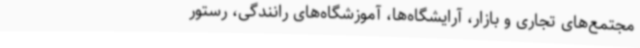
مجتمع‌های تجاری و بازار، آرایشگاه‌ها، آموزشگاه‌های رانندگی، رستور